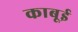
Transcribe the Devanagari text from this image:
काबूई